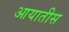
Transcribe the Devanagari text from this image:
आयातीस